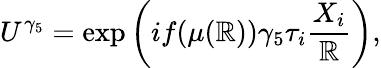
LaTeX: U^{\gamma_{5}}=\exp\left(if(\mu(\mathbb{R}))\gamma_{5}\tau_{i}\frac{{X_{i}}}{{\mathbb{R}}}\right),